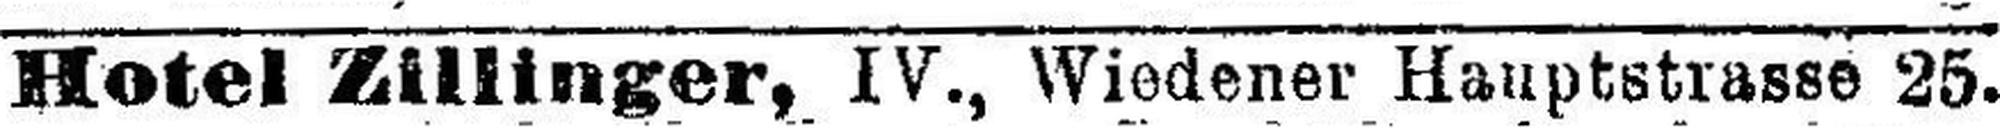
Hotel Zillinger, IV., Wiedener Hauptstrasse 25.